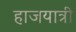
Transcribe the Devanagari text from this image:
हाजयात्री